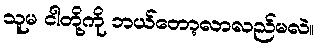
သူမ ငါတို့ကို ဘယ်တော့လာလည်မလဲ။